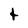
Character: t